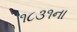
૧૮૩૧ના